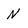
Character: N